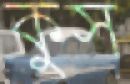
কুস